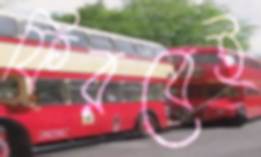
ফিরবেই